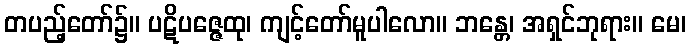
တပည့်တော်၌။ ပဋိပဇ္ဇေထု၊ ကျင့်တော်မူပါလော။ ဘန္တေ၊ အရှင်ဘုရား။ မေ၊